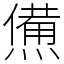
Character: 㷶